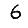
Digit: 6